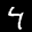
Label: 4